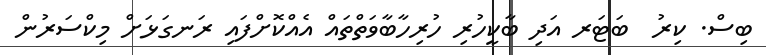
ބިސް. ކިރު  ބަޓަރ އަދި ބާކީހުރި ހުރިހާބާވަތްތައް އެއްކޮށްފައި ރަނގަޅަށް މިކްސަރުން